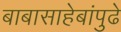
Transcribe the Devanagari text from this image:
बाबासाहेबांपुढे